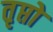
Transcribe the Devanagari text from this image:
तृप्तो